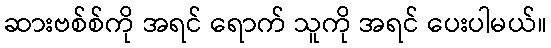
ဆားဗစ်စ်ကို အရင် ရောက် သူကို အရင် ပေးပါမယ်။